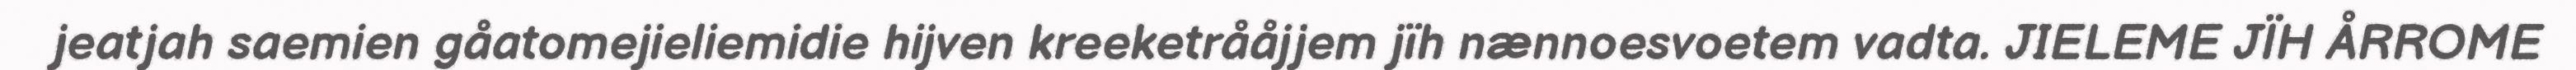
jeatjah saemien gåatomejieliemidie hijven kreeketrååjjem jïh nænnoesvoetem vadta. JIELEME JÏH ÅRROME